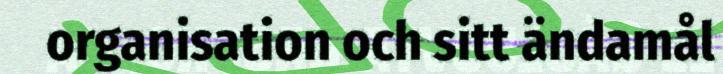
organisation och sitt ändamål